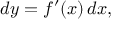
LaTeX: d y = f ^ { \prime } ( x ) \, d x ,